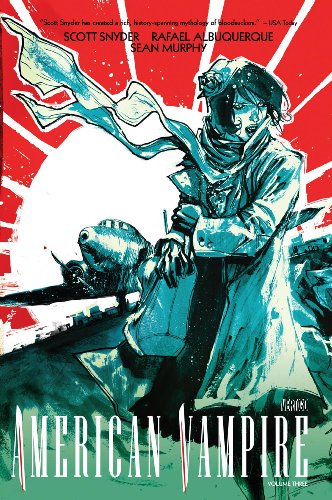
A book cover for American Vampire Vol. 3; Scott Snyder; Comics & Graphic Novels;